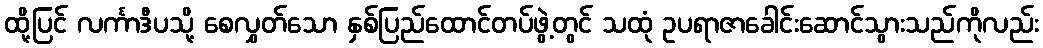
ထို့ပြင် လင်္ကာဒီပသို့ စေလွှတ်သော နှစ်ပြည်ထောင်တပ်ဖွဲ့တွင် သထုံ ဥပရာဇာခေါင်းဆောင်သွားသည်ကိုလည်း